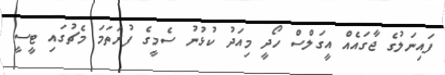
ފައިނަލުގެ ޖާގައެއް އީގަލްސް ހޯދީ މިއަދު ކުޅުނު ސެމީގެ ފުރަތަމަ މެޗުގައި ޓީސީ